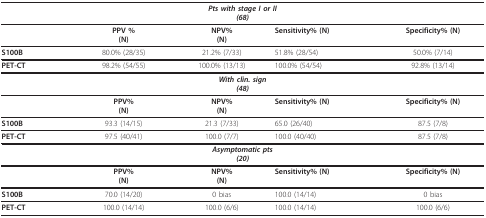
<table><thead><tr><td colspan="5"><b><i>Pts with stage I or II</i><i>(68)</i></b></td></tr></thead><tbody><tr><td>[EMPTY_CELL]</td><td><b>PPV %</b><b>(N)</b></td><td><b>NPV%</b><b>(N)</b></td><td><b>Sensitivity% (N)</b></td><td><b>Specificity% (N)</b></td></tr><tr><td><b>S100B</b></td><td>80.0% (28/35)</td><td>21.2% (7/33)</td><td>51.8% (28/54)</td><td>50.0% (7/14)</td></tr><tr><td><b>PET-CT</b></td><td>98.2% (54/55)</td><td>100.0% (13/13)</td><td>100.0% (54/54)</td><td>92.8% (13/14)</td></tr><tr><td colspan="5"><b><i>With clin. sign</i></b><b><i>(48)</i></b></td></tr><tr><td>[EMPTY_CELL]</td><td><b>PPV%</b><b>(N)</b></td><td><b>NPV%</b><b>(N)</b></td><td><b>Sensitivity% (N)</b></td><td><b>Specificity% (N)</b></td></tr><tr><td><b>S100B</b></td><td>93.3 (14/15)</td><td>21.3 (7/33)</td><td>65.0 (26/40)</td><td>87.5 (7/8)</td></tr><tr><td><b>PET-CT</b></td><td>97.5 (40/41)</td><td>100.0 (7/7)</td><td>100.0 (40/40)</td><td>87.5 (7/8)</td></tr><tr><td colspan="5"><b><i>Asymptomatic pts</i></b><b><i>(20)</i></b></td></tr><tr><td>[EMPTY_CELL]</td><td><b>PPV%</b><b>(N)</b></td><td><b>NPV%</b><b>(N)</b></td><td><b>Sensitivity% (N)</b></td><td><b>Specificity% (N)</b></td></tr><tr><td><b>S100B</b></td><td>70.0 (14/20)</td><td>0 bias</td><td>100.0 (14/14)</td><td>0 bias</td></tr><tr><td><b>PET-CT</b></td><td>100.0 (14/14)</td><td>100.0 (6/6)</td><td>100.0 (14/14)</td><td>100.0 (6/6)</td></tr></tbody></table>